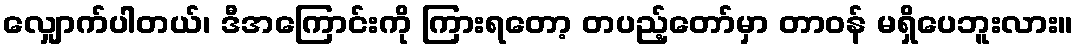
လျှောက်ပါတယ်၊ ဒီအကြောင်းကို ကြားရတော့ တပည့်တော်မှာ တာဝန် မရှိပေဘူးလား။